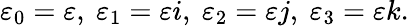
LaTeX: \varepsilon_{0}=\varepsilon,\ \varepsilon_{1}=\varepsilon i,\ \varepsilon_{2}=\varepsilon j,\ \varepsilon_{3}=\varepsilon k.